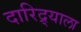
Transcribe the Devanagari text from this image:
दारिद्र्याला